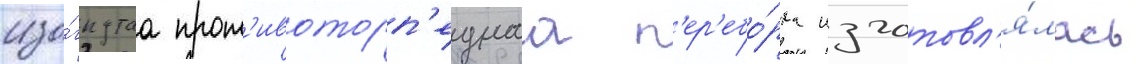
изо́гнутаа прот'ивоторп'еднаа п'ер'ебо́рка изготовл'я́лась